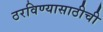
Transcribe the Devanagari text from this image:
ठरविण्यासाठीची